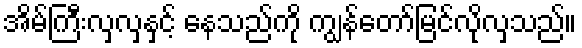
အိမ်ကြီးလှလှနှင့် နေသည်ကို ကျွန်တော်မြင်လိုလှသည်။